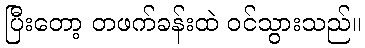
ပြီးတော့ တဖက်ခန်းထဲ ဝင်သွားသည်။